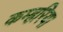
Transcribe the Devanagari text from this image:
कम्हरिया